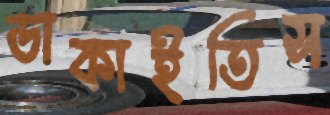
ডাকাইতিস